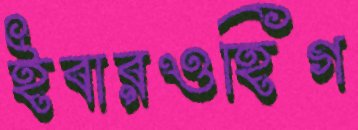
ইবারওহিগ